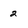
Character: 2